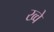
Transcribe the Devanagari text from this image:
ख्वे